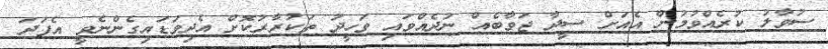
ސުވާލު ކުރެއްވުމުން އެއަށް ސީދާ ޖަވާބެއް ނުދެއްވައި ވަހީދު ތަކުރާރުކޮށް އެދިވަޑައިގެންނެވީ އެފަދަ